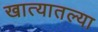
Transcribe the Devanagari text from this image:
खात्यातल्या